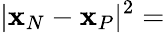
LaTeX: |{\mathbf x}_{N}-{\mathbf x}_{P}|^{2}=